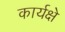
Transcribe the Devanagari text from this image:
कार्यक्षे